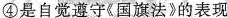
④是自觉遵守《国旗法》的表现